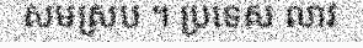
សមស្រប ។ ប្រទេស លាវ